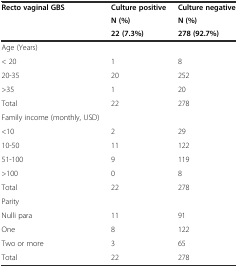
<table><thead><tr><td><b>Recto vaginal GBS</b></td><td><b>Culture positive</b></td><td><b>Culture negative</b></td></tr><tr><td></td><td><b>N (%)</b></td><td><b>N (%)</b></td></tr><tr><td></td><td><b>22 (7.3%)</b></td><td><b>278 (92.7%)</b></td></tr></thead><tbody><tr><td>Age (Years)</td><td></td><td></td></tr><tr><td>&lt; 20</td><td>1</td><td>8</td></tr><tr><td>20-35</td><td>20</td><td>252</td></tr><tr><td>&gt;35</td><td>1</td><td>20</td></tr><tr><td>Total</td><td>22</td><td>278</td></tr><tr><td>Family income (monthly, USD)</td><td></td><td></td></tr><tr><td>&lt;10</td><td>2</td><td>29</td></tr><tr><td>10-50</td><td>11</td><td>122</td></tr><tr><td>51-100</td><td>9</td><td>119</td></tr><tr><td>&gt;100</td><td>0</td><td>8</td></tr><tr><td>Total</td><td>22</td><td>278</td></tr><tr><td>Parity</td><td></td><td></td></tr><tr><td>Nulli para</td><td>11</td><td>91</td></tr><tr><td>One</td><td>8</td><td>122</td></tr><tr><td>Two or more</td><td>3</td><td>65</td></tr><tr><td>Total</td><td>22</td><td>278</td></tr></tbody></table>